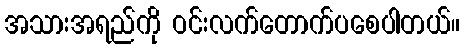
အသားအရည်ကို ဝင်းလက်တောက်ပစေပါတယ်။